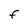
Character: F